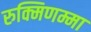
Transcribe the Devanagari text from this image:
रुक्मिणम्मा